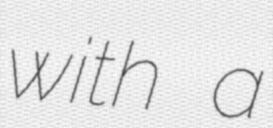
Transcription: with a